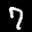
Label: 7